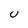
Character: U